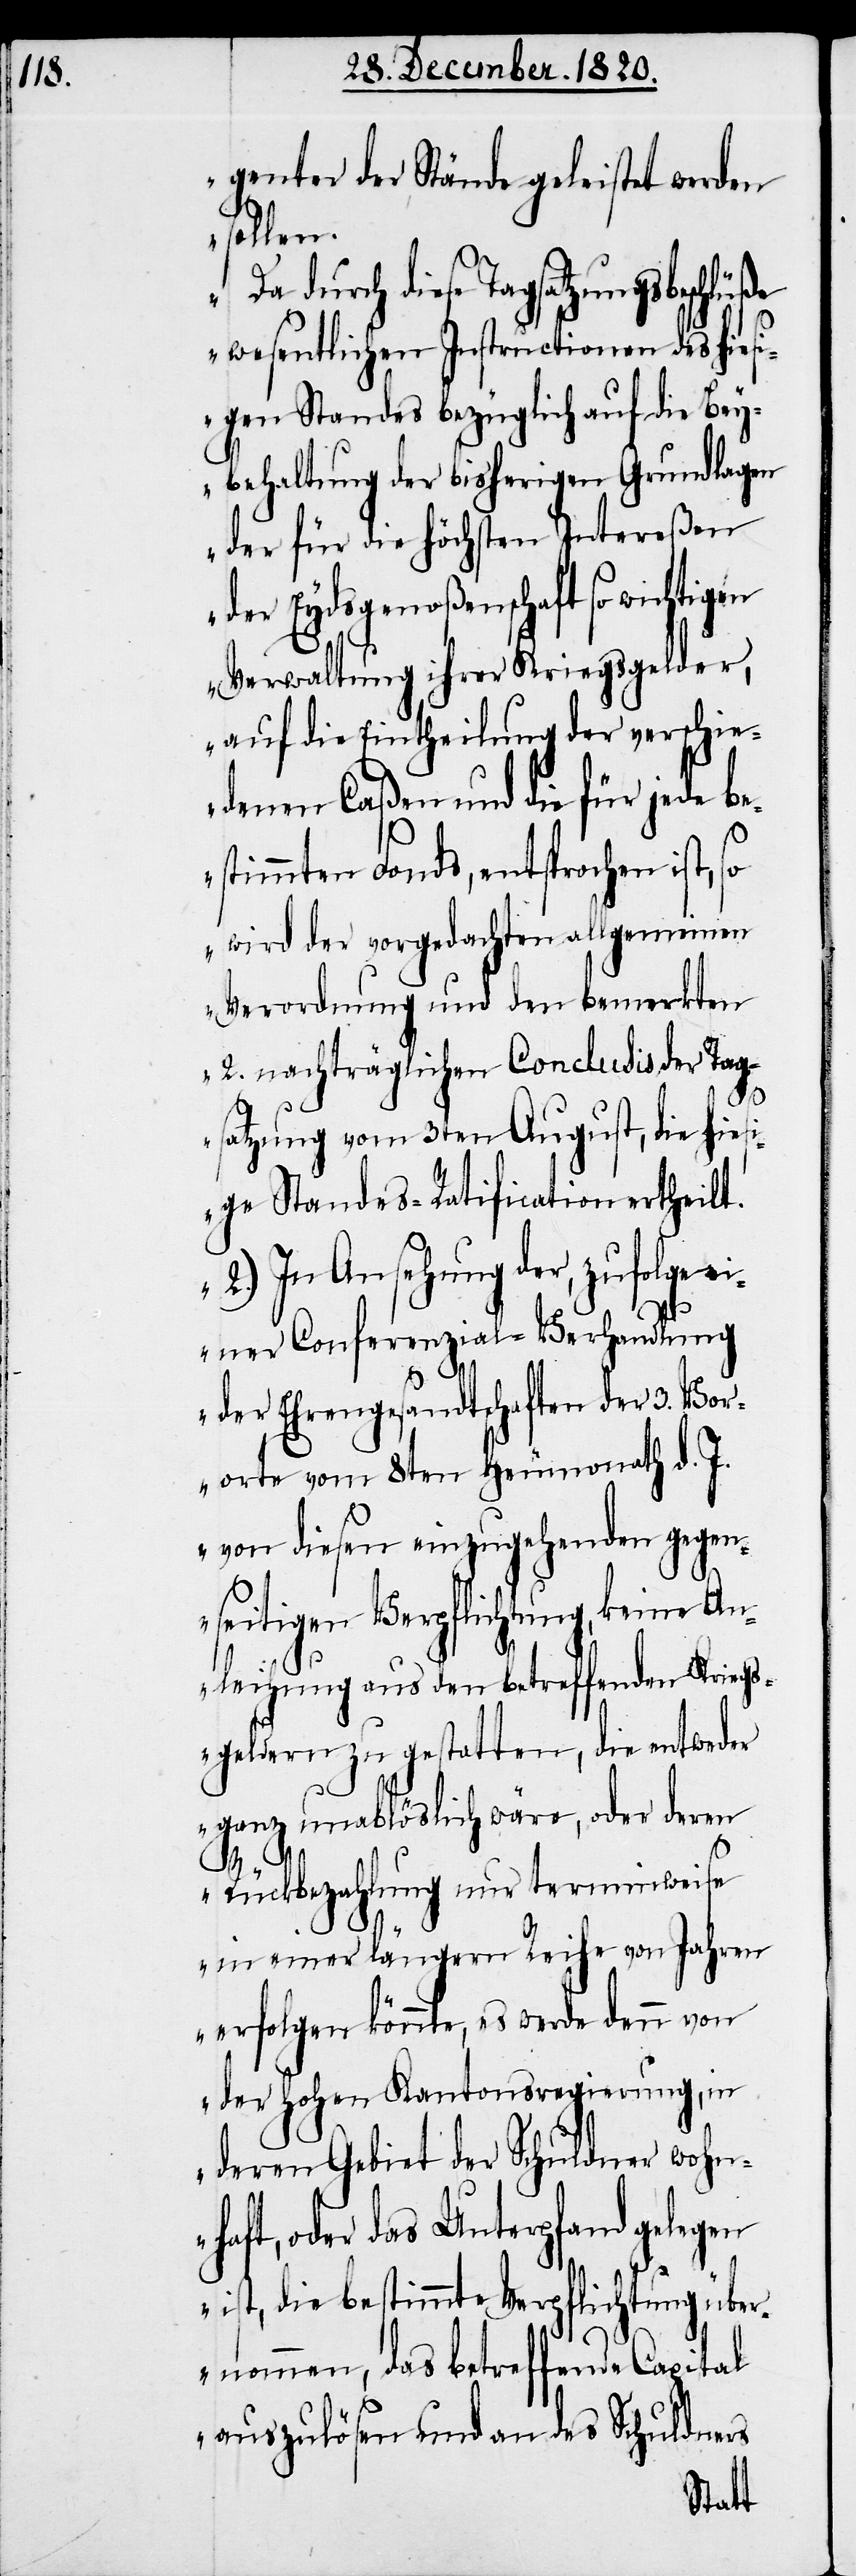
genter der Stände geleistet werden
sollen.
durch diese Tagsatzungsbeschlü¬
ße
wesentlichen Instructionen des hiesi¬
gen Standes bezüglich auf die Bey¬
behaltung der bisherigen Grundlagen
der für die höchsten Intereßen
der Eydsgenoßenschaft so wichtigen
Verwaltung ihrer Kriegsgelder,
auf die Eintheilung der verschie¬
denen Caßen und die für jede be¬
stimmten Fonds, entsprochen ist, so
wird der vorgedachten allgemeinen
Verordnung und den bemerkten
2. nachträglichen Conclusis der Tag¬
satzung vom 3ten August, die hiesi¬
ge Standes-Ratification ertheilt.
2.) In Ansehung der, zufolge
einer Conferenzial-Verhandlung
der Ehrengesandtschaften der 3. Vor¬
orte vom 8ten Heumonath d. J.
von diesen einzugehenden gegen¬
seitigen Verpflichtung, keine An¬
leihung aus den betreffenden Kriegs¬
geldern zu gestatten, die entweder
ganz unablöslich wäre, oder deren
Rückbezahlung nur terminweise
in einer längern Reihe von Jahren
erfolgen könnte, es werde denn von
der hohen Kantonsregierung, in
deren Gebiet der Schuldner wohn¬
haft, oder das Unterpfand gelegen
ist, die bestimmte Verpflichtung über¬
nommen, das betreffende Capital
auszulösen und an des Schuldners